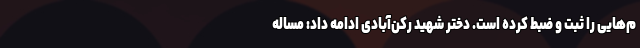
م‌هایی را ثبت و ضبط کرده است. دختر شهید رکن‌آبادی ادامه داد: مساله